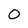
Character: 0